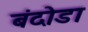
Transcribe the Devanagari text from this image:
बंदोडा